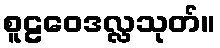
စူဠဝေဒလ္လသုတ်။